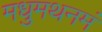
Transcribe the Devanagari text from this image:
मधुमथनमं